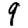
Digit: 9